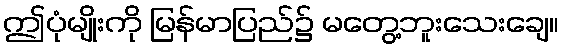
ဤပုံမျိုးကို မြန်မာပြည်၌ မတွေ့ဘူးသေးချေ။